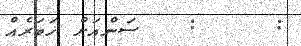
:     :   ސަންއަށް ޚަބަރެއް